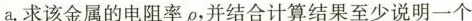
a. 求该金属的电阻率ρ，并结合计算结果至少说明一个